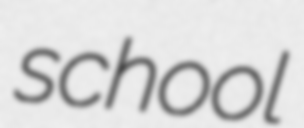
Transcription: school